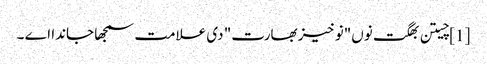
[1] چیتن بھگت نوں"نوخیز بھارت" دی علامت سمجھا جاندا اے ۔